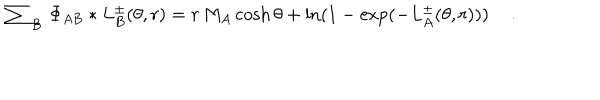
\sum _ { B } \, \Phi _ { A B } \ast L _ { B } ^ { \pm } ( \theta , r ) = r \, M _ { A } \cosh \theta + \ln ( 1 - \exp ( - L _ { A } ^ { \pm } ( \theta , r ) ) ) \quad \, .